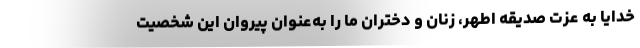
خدایا به عزت صدیقه اطهر، زنان و دختران ما را به‌عنوان پیروان این شخصیت